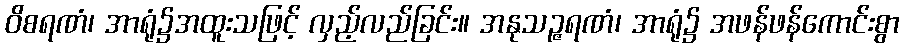
ဝိစရဏံ၊ အာရုံ၌အထူးသဖြင့် လှည့်လည်ခြင်း။ အနုသဉ္ဇရဏံ၊ အာရုံ၌ အဖန်ဖန်ကောင်းစွာ